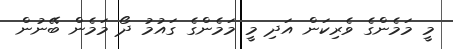
މީ މަމެންގެ ވެރިކަން އަދި މީ މަމެންގެ ގައުުމު ދޯ މަމެން ބޭނުން